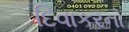
દિવાકરનો